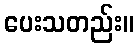
ပေးသတည်း။